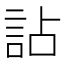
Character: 詀